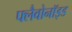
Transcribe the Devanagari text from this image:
फ्लैवोनाॅइड